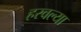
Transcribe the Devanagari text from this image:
हरवल्या